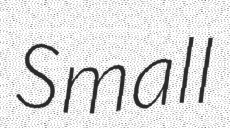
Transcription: Small